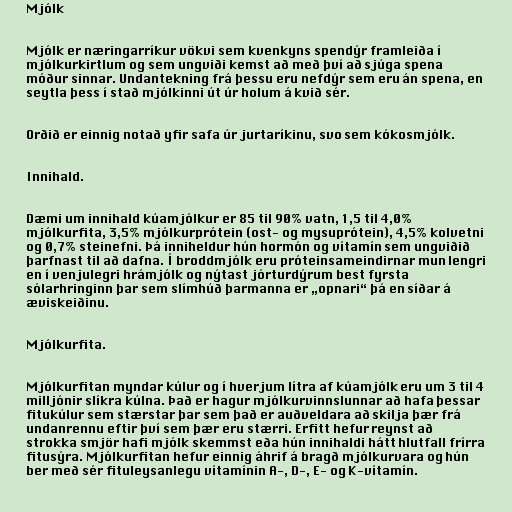
Mjólk

Mjólk er næringarríkur vökvi sem kvenkyns spendýr framleiða í
mjólkurkirtlum og sem ungviði kemst að með því að sjúga spena
móður sinnar. Undantekning frá þessu eru nefdýr sem eru án spena, en
seytla þess í stað mjólkinni út úr holum á kvið sér.

Orðið er einnig notað yfir safa úr jurtaríkinu, svo sem kókosmjólk.

Innihald.

Dæmi um innihald kúamjólkur er 85 til 90% vatn, 1,5 til 4,0%
mjólkurfita, 3,5% mjólkurprótein (ost- og mysuprótein), 4,5% kolvetni
og 0,7% steinefni. Þá inniheldur hún hormón og vítamín sem ungviðið
þarfnast til að dafna. Í broddmjólk eru próteinsameindirnar mun lengri
en í venjulegri hrámjólk og nýtast jórturdýrum best fyrsta
sólarhringinn þar sem slímhúð þarmanna er „opnari“ þá en síðar á
æviskeiðinu.

Mjólkurfita.

Mjólkurfitan myndar kúlur og í hverjum lítra af kúamjólk eru um 3 til 4
milljónir slíkra kúlna. Það er hagur mjólkurvinnslunnar að hafa þessar
fitukúlur sem stærstar þar sem það er auðveldara að skilja þær frá
undanrennu eftir því sem þær eru stærri. Erfitt hefur reynst að
strokka smjör hafi mjólk skemmst eða hún innihaldi hátt hlutfall frírra
fitusýra. Mjólkurfitan hefur einnig áhrif á bragð mjólkurvara og hún
ber með sér fituleysanlegu vítamínin A-, D-, E- og K-vítamín.